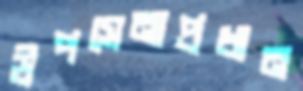
উপসেনাপ্রধান